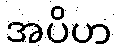
အပိဟ